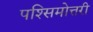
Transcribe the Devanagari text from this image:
पश्सिमोत्तरी